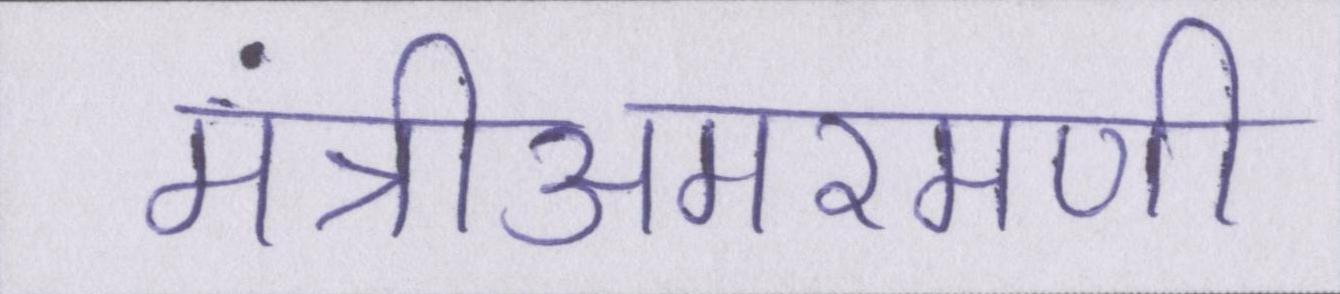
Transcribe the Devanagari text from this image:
मंत्रीअमरमणी